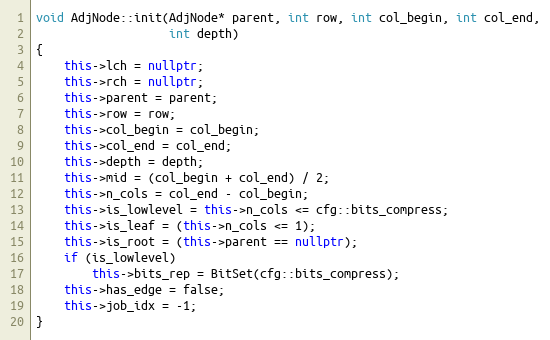
Language: C++
void AdjNode::init(AdjNode* parent, int row, int col_begin, int col_end,
                   int depth)
{
    this->lch = nullptr;
    this->rch = nullptr;
    this->parent = parent;
    this->row = row;
    this->col_begin = col_begin;
    this->col_end = col_end;
    this->depth = depth;
    this->mid = (col_begin + col_end) / 2;
    this->n_cols = col_end - col_begin;
    this->is_lowlevel = this->n_cols <= cfg::bits_compress;
    this->is_leaf = (this->n_cols <= 1);
    this->is_root = (this->parent == nullptr);
    if (is_lowlevel)
        this->bits_rep = BitSet(cfg::bits_compress);
    this->has_edge = false;
    this->job_idx = -1;
}